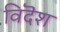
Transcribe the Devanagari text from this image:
विदॆश